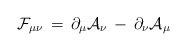
\begin{align*}\mathcal{F}_{\mu\nu} \, = \, \partial_\mu \mathcal{A}_\nu \, - \, \partial_\nu \mathcal{A}_\mu\end{align*}